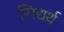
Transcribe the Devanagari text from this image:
सिद्यर्थ